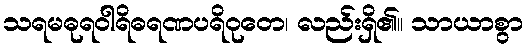
သရမဓုရဝါရိဓရဏပရိဝုတေ၊ လည်းရှိ၏။ သာယာစွာ